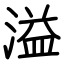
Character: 溢